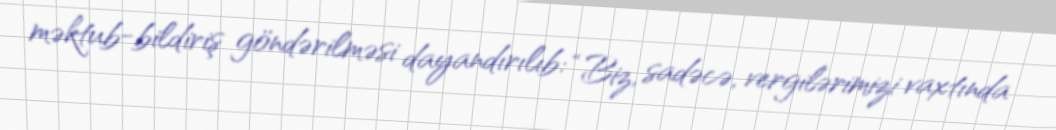
məktub-bildiriş göndərilməsi dayandırılıb: “Biz, sadəcə, vergilərimizi vaxtında